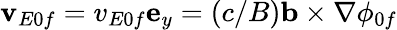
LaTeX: \mathbf{v}_{E0f}=v_{E0f}\mathbf{e}_{y}=(c/B)\mathbf{b}\times\nabla\phi_{0f}